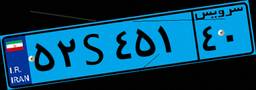
۴۸S۸۷۸۸۴